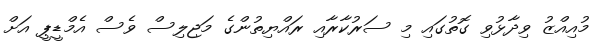
މުއިއްޒު ވިދާޅުވި ގޮތުގައި މި ސަރުކާރާއި ރައްޔިތުންގެ މަޖިލިސް ވެސް އެމްޑީޕީ އަށް